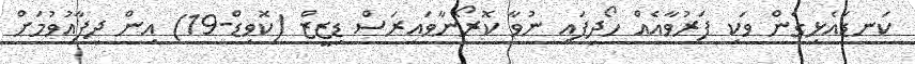
ކަނޑައެޅިގެން ވަކި ފަރުވާއެއް ހޯދިފައި ނުވާ ކޮރޯނާވައިރަސް ޑިޒީޒް (ކޮވިޑް-19) އިން ދިފާއުވުމަށް